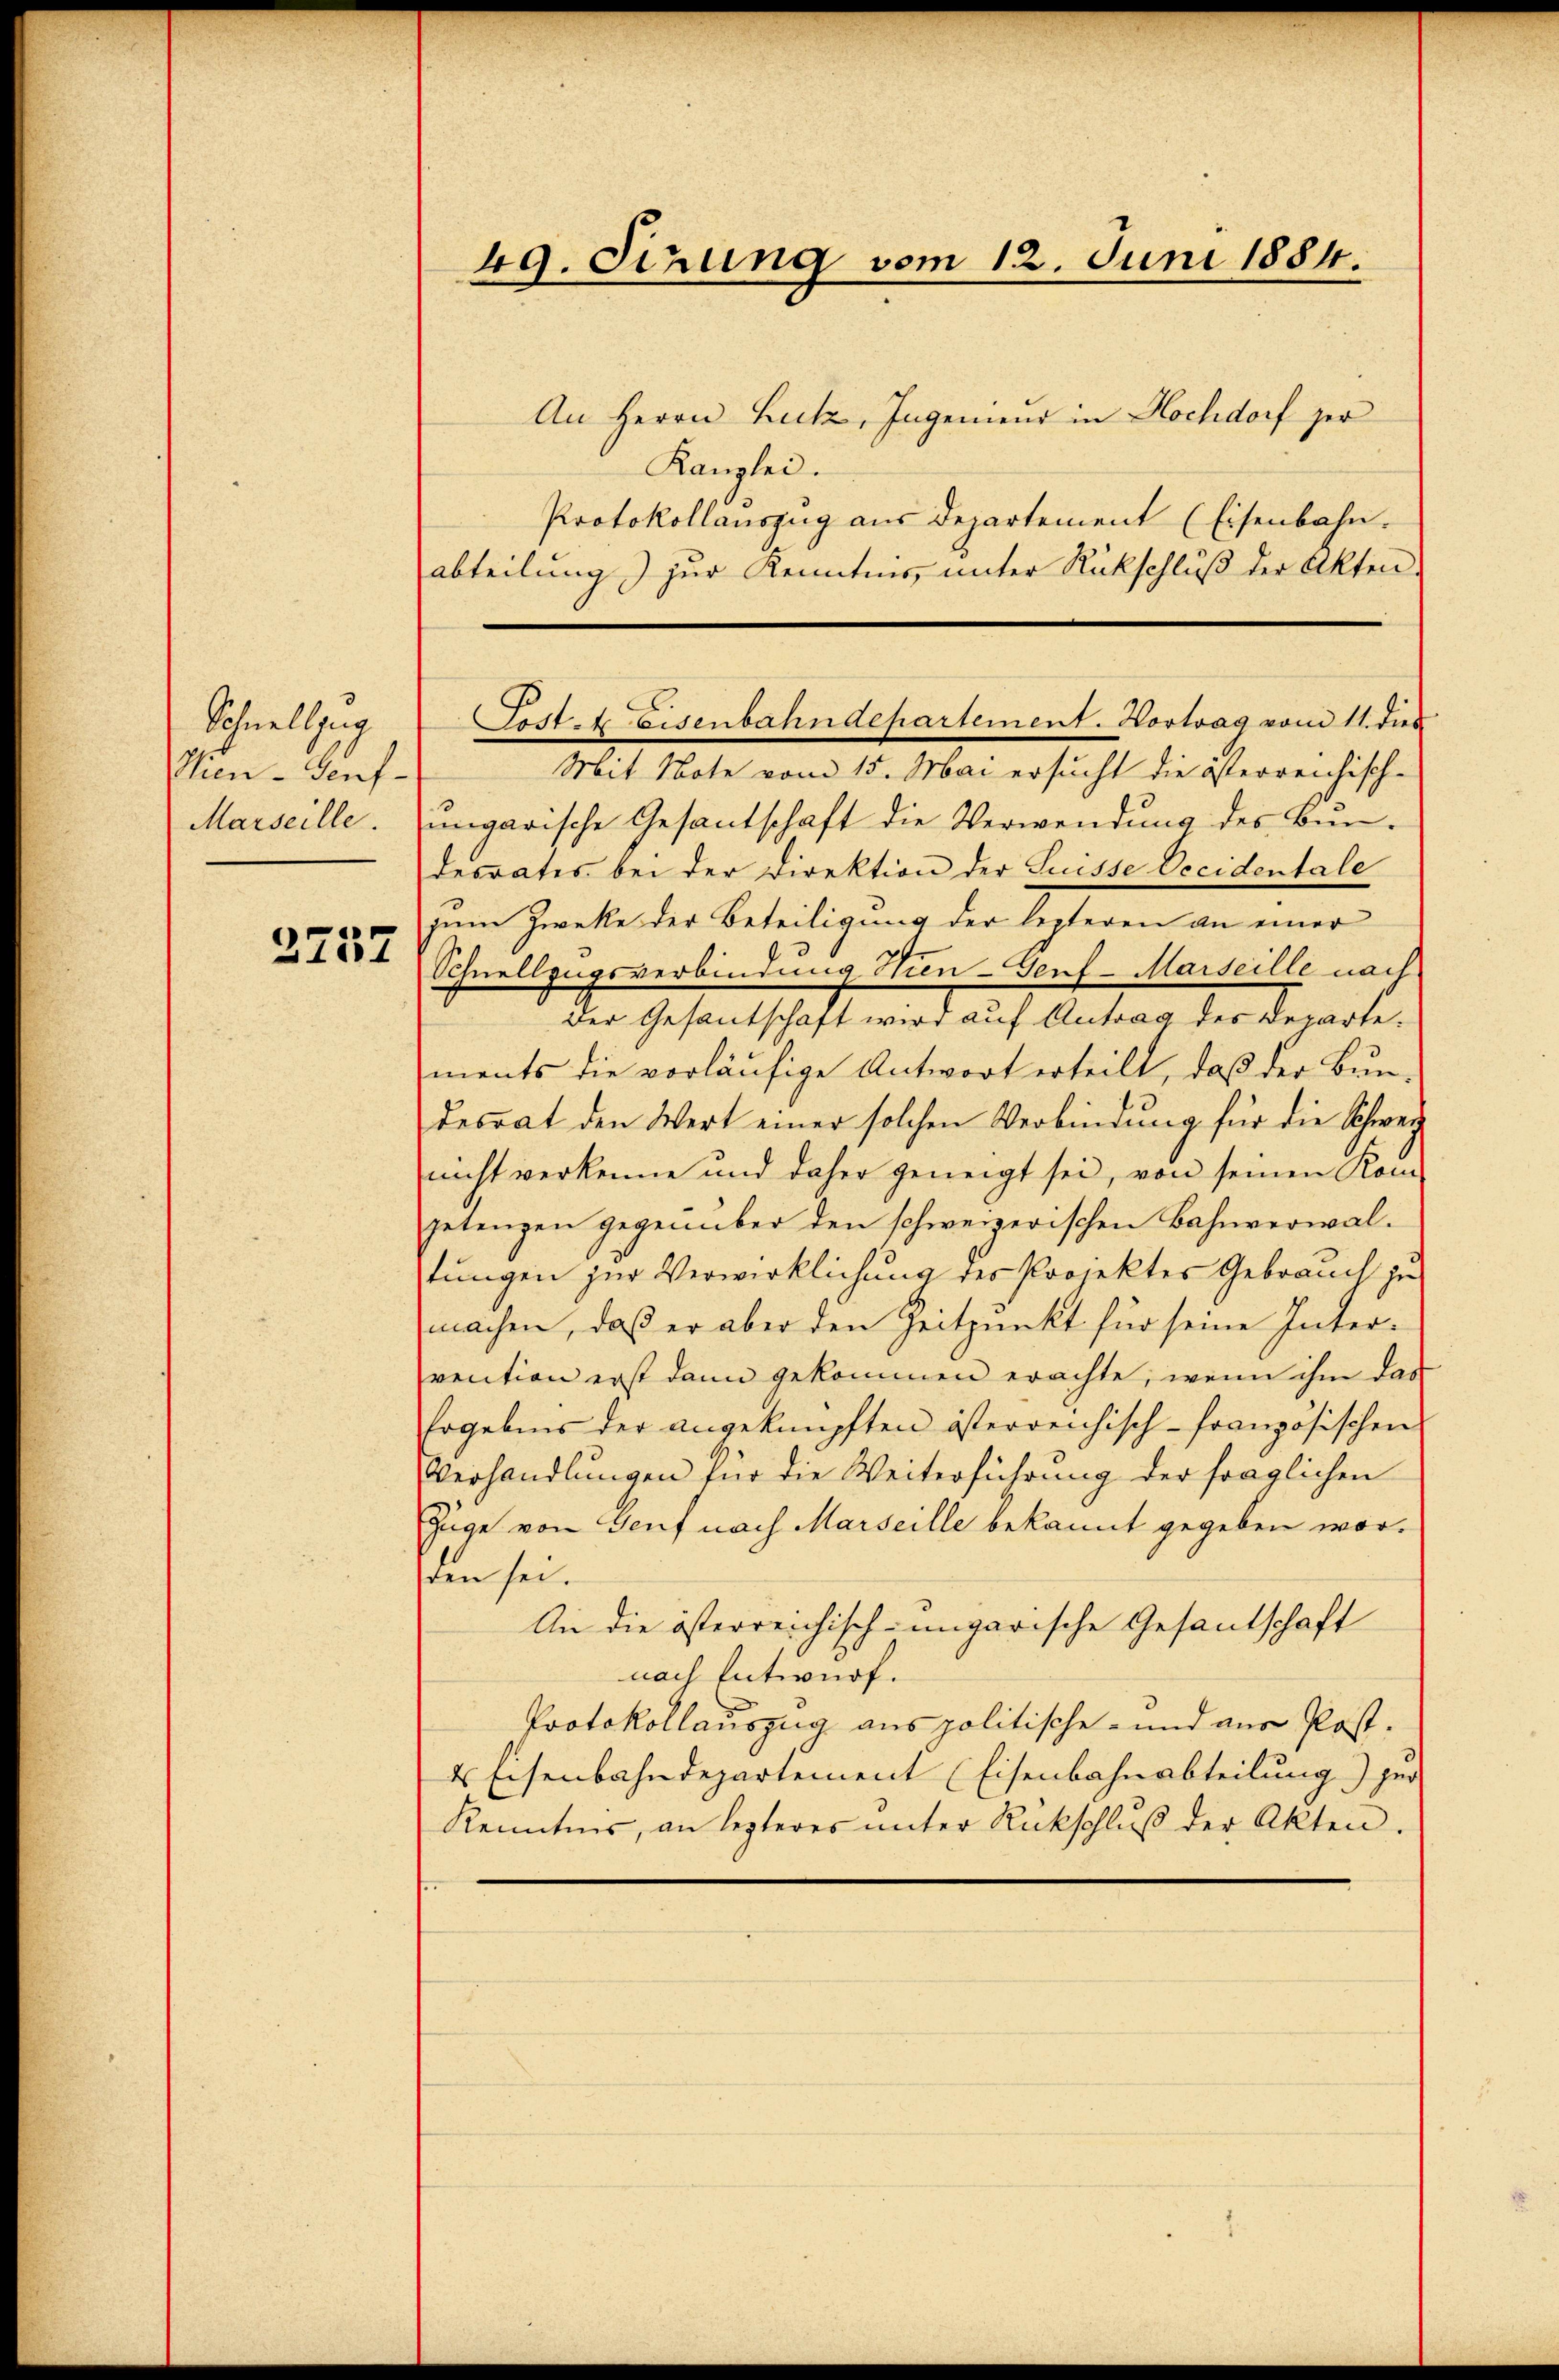
Schnellzug
Clien - Genf.
Marseille.
2757

An Herrn Lutz, Ingenien in Hochdorf zer
Kanzlei.
Protokollauszug aus Departement (Eisenbahn.
abteilung) zur Kenntnis unter Rückschluß der Akten-
Mit Note vom 15. Mai ersucht die österreichische
ungarische Gesantschaft die Verwendung des Bundesrates bei der Direktion der Luisse Occidentale
zum Zwecke der Beteiligung der lezteren an einer
Schnellzugsverbindung Hien-Gerf-Marseille nach
der Gesantschaft wird auf Antrag des Departements die vorläufige Antwort erteilt, daß der Bundesrat den Wert einer solchen Verbindung für die Schweinicht verkenne und daher geneigt sei, von seinen Kompetenzen gegenüber den schweizerischen Bahnverwaltungen zur Verwirklichung des Projektes Gebrauch zu
machen, daß er aber den Zeitpunkt für seine Intervention erst dann gekommen erachte, wenn ihm das
Ergebens der angeknüpften österreichisch-französischen
Verhandlungen für die Weiterführung der fraglichen
Züge von Genf nach Marseille bekannt gegeben worden sei.
An die österreichisch-ungarische Gesantschaft
nach Entwurf.
Protokollauszug aus politische- und aus Post-
& Eisenbahndepartement (Eisenbahnabteilung) her
Kenntnis, an lezteres ŭnter Rückschlŭβ der Akten.

49. Serung vom 12. Juni 1884.

Fest. Eisenbahndepartement. Hortrag vom 11. dies